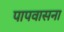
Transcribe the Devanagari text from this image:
पापवासना